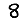
Digit: 8